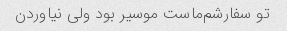
تو سفارشم‌ماست موسیر بود ولی نیاوردن